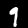
Digit: 9